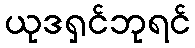
ယုဒရှင်ဘုရင်